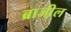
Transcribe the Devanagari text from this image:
ब्राजी़ल